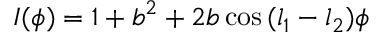
I ( \phi ) = 1 + b ^ { 2 } + 2 b \cos { ( l _ { 1 } - l _ { 2 } ) \phi }